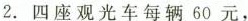
2.四座观光车每辆60元，